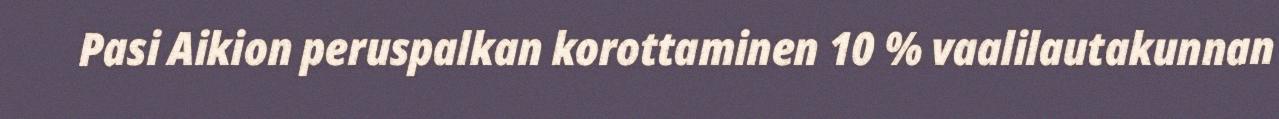
Pasi Aikion peruspalkan korottaminen 10 % vaalilautakunnan